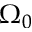
\Omega _ { 0 }